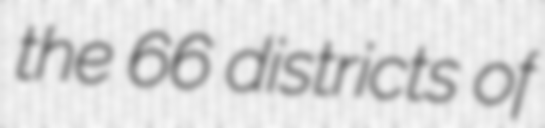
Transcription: the 66 districts of